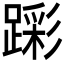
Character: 𮜎